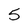
Character: 5